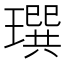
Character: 𤩄